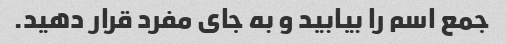
جمع اسم را بیابید و به جای مفرد قرار دهید.